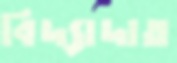
বিদ্যাদাত